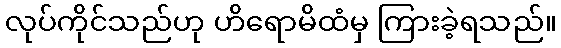
လုပ်ကိုင်သည်ဟု ဟိရောမိထံမှ ကြားခဲ့ရသည်။